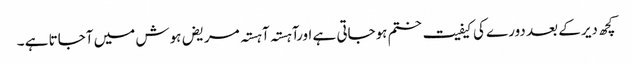
کچھ دیر کے بعد دورے کی کیفیت ختم ہوجاتی ہے اورآہستہ آہستہ مریض ہوش میں آجاتا ہے ۔